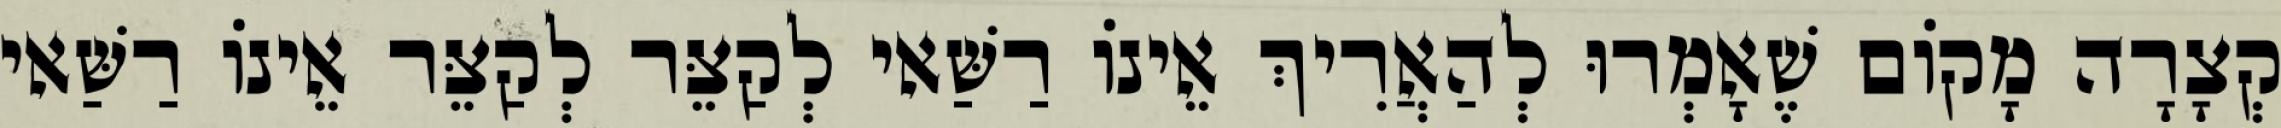
קְצָרָה מָקוֹם שֶׁאָמְרוּ לְהַאֲרִיךְ אֵינוֹ רַשַּׁאי לְקַצֵּר לְקַצֵּר אֵינוֹ רַשַּׁאי